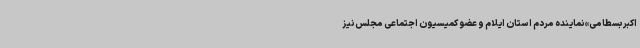
اکبر بسطامی» نماینده مردم استان ایلام و عضو کمیسیون اجتماعی مجلس نیز